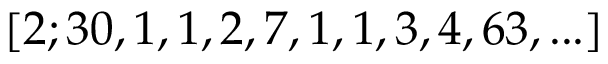
[ 2 ; 3 0 , 1 , 1 , 2 , 7 , 1 , 1 , 3 , 4 , 6 3 , . . . ]